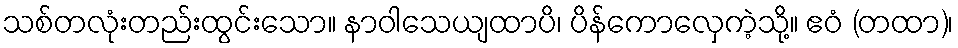
သစ်တလုံးတည်းထွင်းသော။ နာဝါသေယျထာပိ၊ ပိန်ကောလှေကဲ့သို့။ ဧဝံ (တထာ)၊